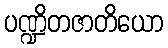
ပဏ္ဍိတဇာတိယော